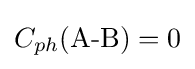
C_{ph}{\text{(A-B)}}=0